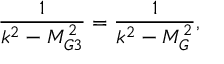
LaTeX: \frac { 1 } { k ^ { 2 } - M _ { G 3 } ^ { 2 } } = \frac { 1 } { k ^ { 2 } - M _ { G } ^ { 2 } } ,